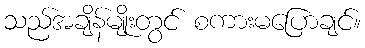
သည်အချိန်မျိုးတွင် စကားမပြောချင်။